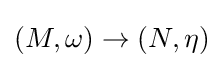
(M,\omega )\to (N,\eta )